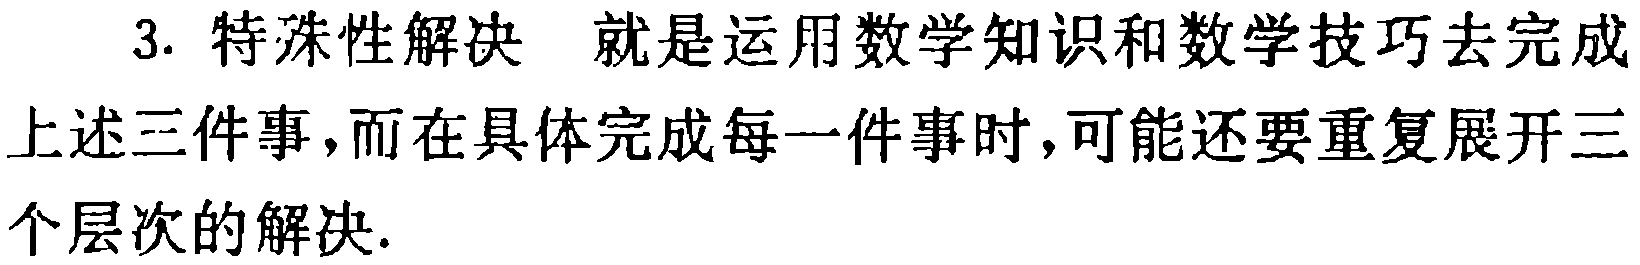
3. 特殊性解决 就是运用数学知识和数学技巧去完成上述三件事，而在具体完成每一件事时，可能还要重复展开三个层次的解决.